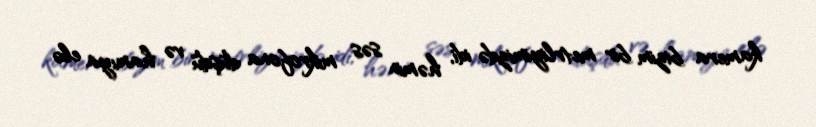
kamera bizim bir metrliyimizdə idi, həmin səs mikrofona düşdü və hamıya elə